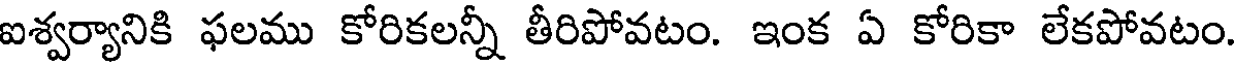
ఐశ్వర్యానికి ఫలము కోరికలన్నీ తీరిపోవటం. ఇంక ఏ కోరికా లేకపోవటం.